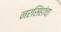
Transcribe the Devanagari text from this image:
नरसिंहांचा